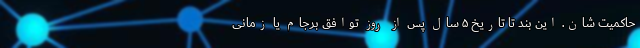
حاکمیت شان. این بند تا تاریخ ۵ سال پس از روز توافق برجام یا زمانی